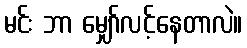
မင်း ဘာ မျှော်လင့်နေတာလဲ။